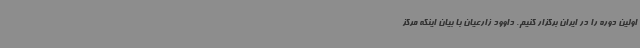
اولین دوره را در ایران برگزار کنیم. داوود زارعیان با بیان اینکه مرکز